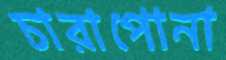
চারাপোনা